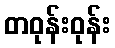
တဝုန်းဝုန်း